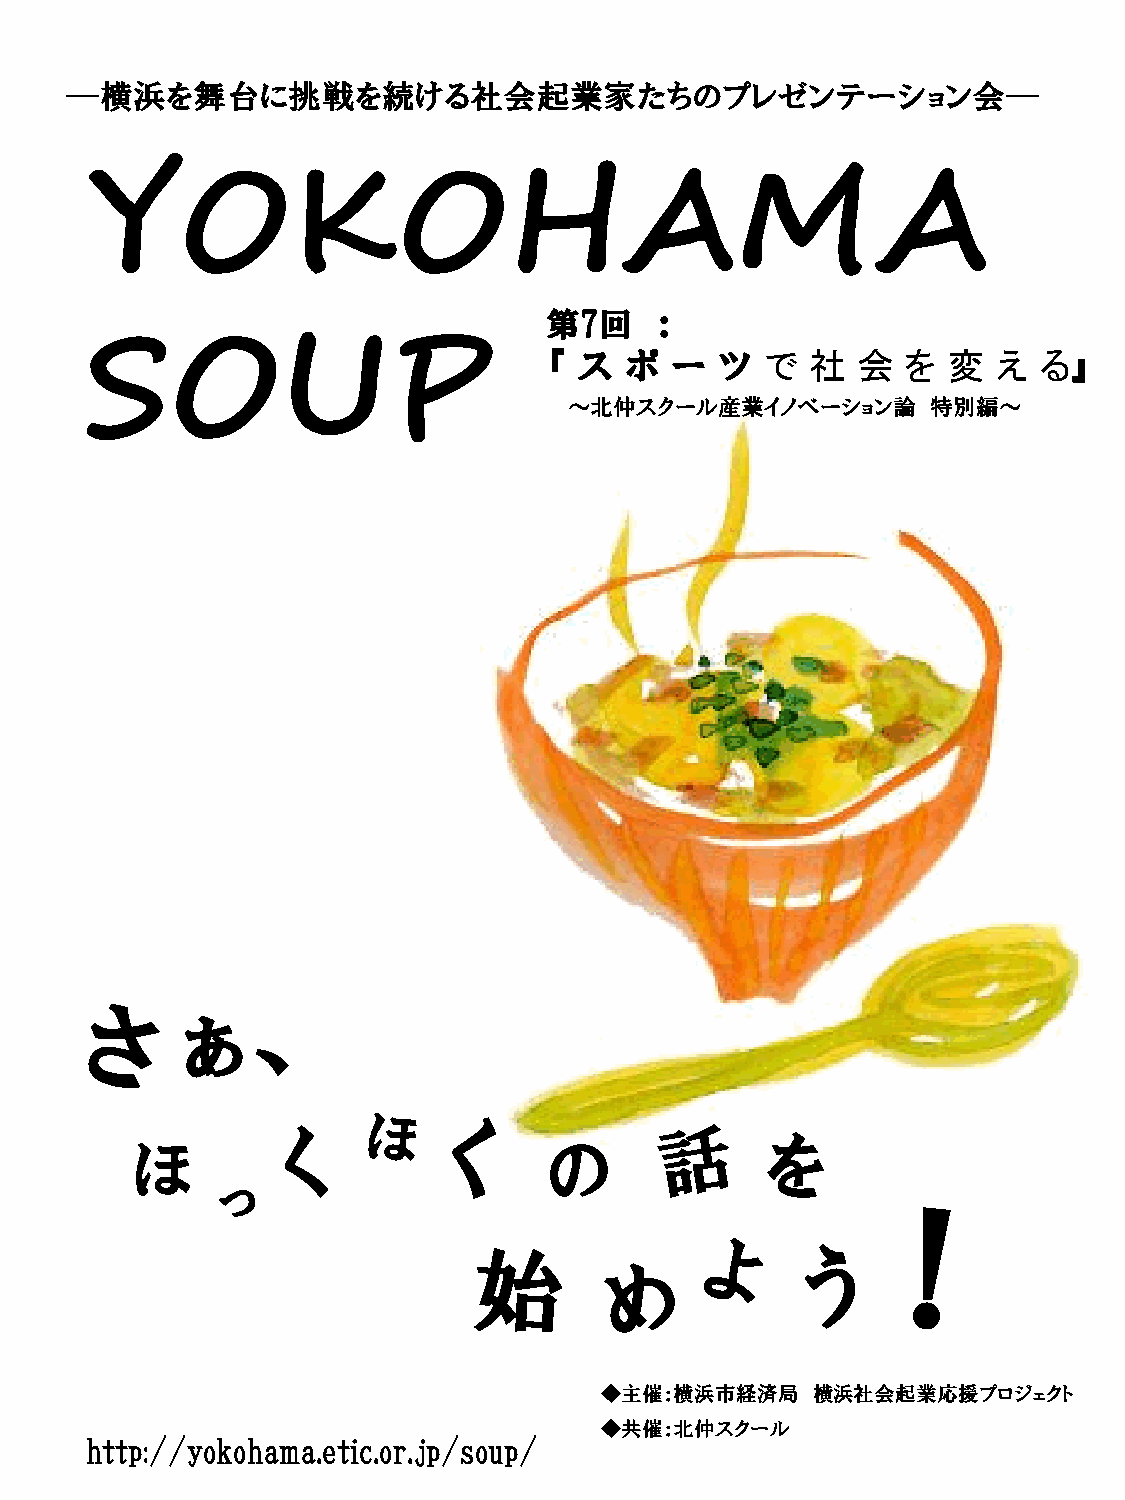
―横浜を舞台に挑戦を続ける社会起業家たちのプレゼンテーション会―
 YOKOHAMA
 第7回    ：
 SOUP
 『 ス  ポ  ー   ツ  で  社  会  を  変  え  る』
 ～北仲スクール産業イノベーション論       特別編～
 ほ
 う
 ◆主催：横浜市経済局    横浜社会起業応援プロジェクト
 ◆共催：北仲スクール
 http://yokohama.etic.or.jp/soup/